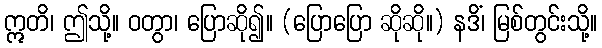
ဣတိ၊ ဤသို့။ ဝတွာ၊ ပြောဆို၍။ (ပြောပြော ဆိုဆို။) နဒိံ၊ မြစ်တွင်းသို့။